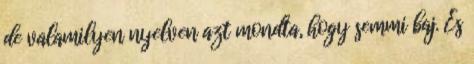
de valamilyen nyelven azt mondta, hogy semmi baj. És